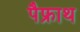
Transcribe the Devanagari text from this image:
पैफ्राथ